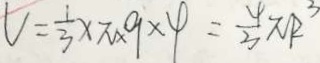
V = \frac { 1 } { 3 } \times \pi \times 9 \times \varphi = \frac { \varphi } { 3 } \pi R ^ { 3 }